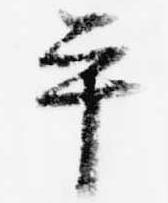
平